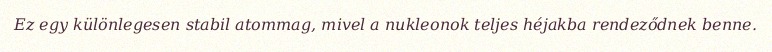
Ez egy különlegesen stabil atommag, mivel a nukleonok teljes héjakba rendeződnek benne.